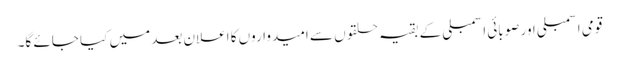
قومی اسمبلی اور صوبائی اسمبلی کے بقیہ حلقوں سے امیدواروں کا اعلان بعد میں کیا جائے گا۔